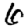
Digit: 6